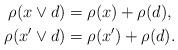
LaTeX: \begin{align*} \rho(x\vee d)&=\rho(x)+\rho(d),\\ \rho(x'\vee d)&=\rho(x')+\rho(d). \end{align*}